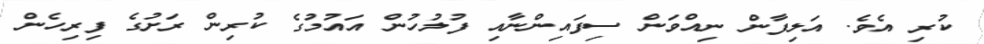
ކުރި އެވެ. އަލިފާން ނިއްވަން ސިފައިންނާއި ފުލުހުން އައުމުގެ ކުރިން ރަށުގެ ފިރިހެން